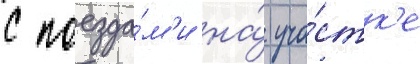
с поезда́м'и на́ уча́стк'е